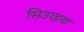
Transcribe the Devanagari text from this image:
सिउरइया